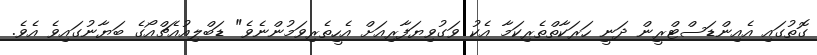
ގޮތުގައި އެއިންޑަސްޓްރީން ދަނީ ހަރަކާތްތެރިކަމާ އެކު ވަގުވިޔަފާރިއަށް އެހީތެރިވަމުންނެވެ" ޑަބްލިއުއެޗްއޯގެ ބަޔާނުގައިވެ އެވެ.